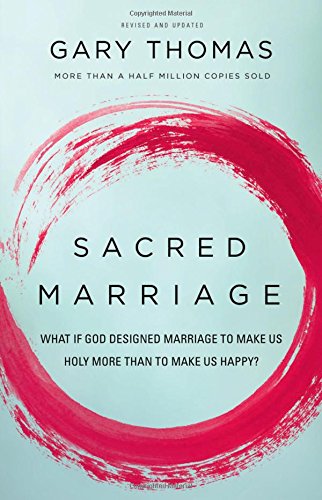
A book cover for Sacred Marriage: What If God Designed Marriage to Make Us Holy More Than to Make Us Happy?; Gary L. Thomas; Christian Books & Bibles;